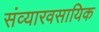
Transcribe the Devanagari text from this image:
संव्यारवसायिक